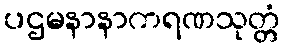
ပဌမနာနာကရဏသုတ္တံ